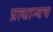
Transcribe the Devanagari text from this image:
प्राधान्यच